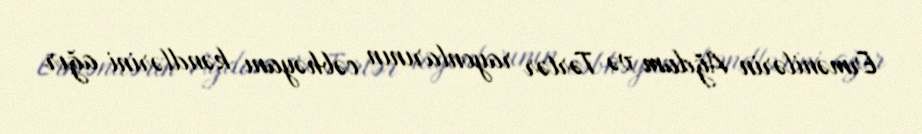
Ermənilərin Ağdam və Tərtər rayonlarının cəbhəyanı kəndlərini ağır